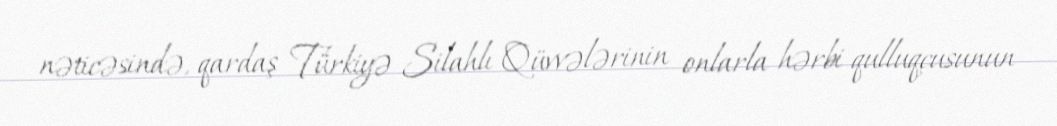
nəticəsində, qardaş Türkiyə Silahlı Qüvvələrinin onlarla hərbi qulluqçusunun